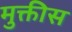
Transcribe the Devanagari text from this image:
मुक्तीस